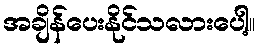
အချိန်ပေးနိုင်သလားပေါ့။